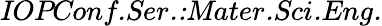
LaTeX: \textit{IOPConf.Ser.:Mater.Sci.Eng.}